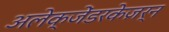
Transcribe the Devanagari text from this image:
अलेक्जेंडरकेज़र्न